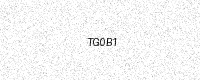
Text: TG0B1